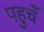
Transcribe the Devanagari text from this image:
पहुचँ